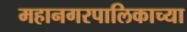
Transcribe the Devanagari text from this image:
महानगरपालिकाच्या